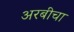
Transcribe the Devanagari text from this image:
अरबीचा